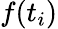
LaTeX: f(t_{i})